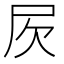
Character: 𣢂